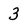
Character: 3